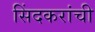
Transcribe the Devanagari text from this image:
सिंदकरांची